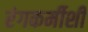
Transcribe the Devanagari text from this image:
रंगकर्मीशी